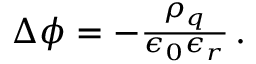
\begin{array} { r } { \Delta \phi = - \frac { \rho _ { q } } { \epsilon _ { 0 } \epsilon _ { r } } \, . } \end{array}